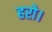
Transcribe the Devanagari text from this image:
हरो।